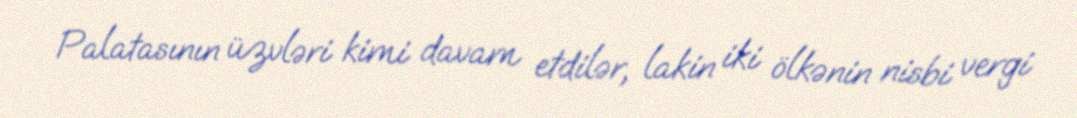
Palatasının üzvləri kimi davam etdilər, lakin iki ölkənin nisbi vergi